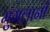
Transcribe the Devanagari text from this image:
मुगलानी